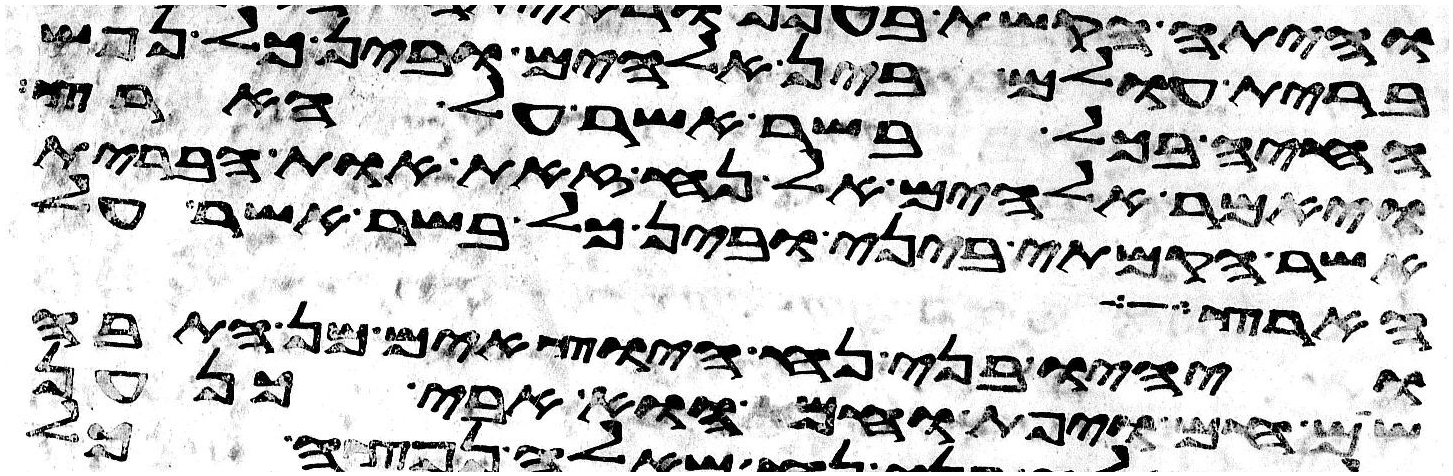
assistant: ברית עולם בין אלהים ובין כל נפש
החיה בכל בשר אשר על הארץ
ויאמר אלהים אל נח זאת אות הברית
אשר הקמתי ביני ובין כל בשר אשר על
הארץ
ויהיו בני נח היוצאים מן התבה
שם חם ויפת וחם הוא אבי כנען